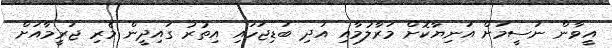
އީވާން ނަސީމަށް އަނިޔާކޮށް މަރާލުމާއި އަދި ބަޑިޖަހައި އިތުރު ގައިދީން މެރި ޖަރީމާއަށް